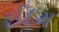
ઈદમ